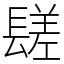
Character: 𨲠